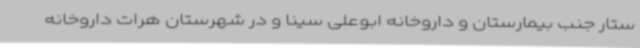
ستار جنب بیمارستان و داروخانه ابوعلی سینا و در شهرستان هرات داروخانه